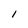
Character: 1